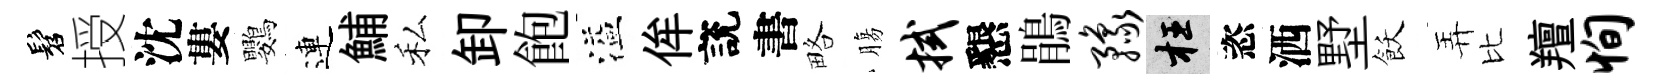
髫授沈婁鸚連鯆私卸飽溢侔說書略膓拭懇鵑豫枉恣洒墅飫弄比羶恂